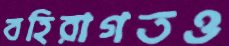
বহিরাগতও